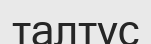
талтүс